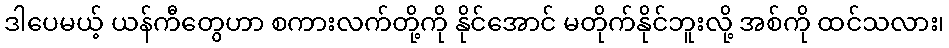
ဒါပေမယ့် ယန်ကီတွေဟာ စကားလက်တို့ကို နိုင်အောင် မတိုက်နိုင်ဘူးလို့ အစ်ကို ထင်သလား၊